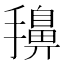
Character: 𭢷